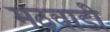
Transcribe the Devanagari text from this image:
मठवाडी